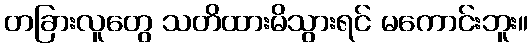
တခြားလူတွေ သတိထားမိသွားရင် မကောင်းဘူး။